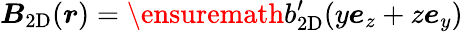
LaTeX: \boldsymbol{B}_{\mathrm{2D}}(\boldsymbol{r})=\ensuremath{b_{\mathrm{2D}}^{\prime}}(y\boldsymbol{e}_{z}+z\boldsymbol{e}_{y})